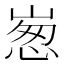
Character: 𡹸